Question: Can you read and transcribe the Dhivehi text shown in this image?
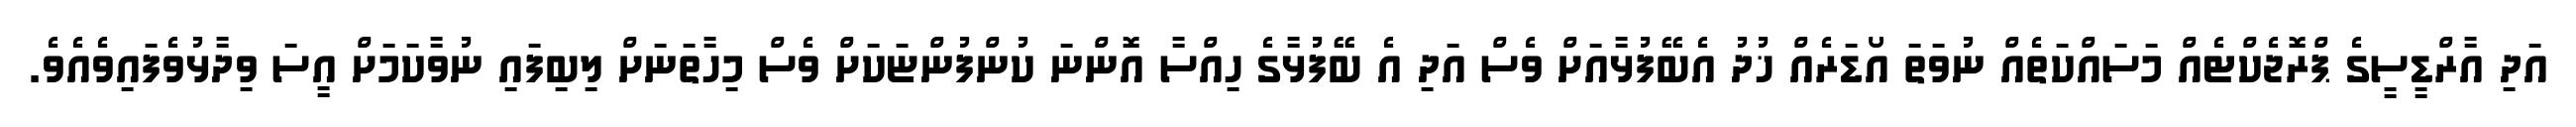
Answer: އަދި އާރްޑީސީގެ ޕްރޮޖެކްޓެއް މަސައްކަތެއް ނުވަތަ އޯޑަރެއް ޚުދު އެބޭފުޅާއަށް ވެސް އަދި އެ ބޭފުޅާގެ ހިއްސާ އޮންނަ ކުންފުންޏަކަށް ވެސް މިހާތަނަށް ލިބިފައި ނުވާކަމަށް އީސަ ވިދާޅުވެފައިވެއެވެ.